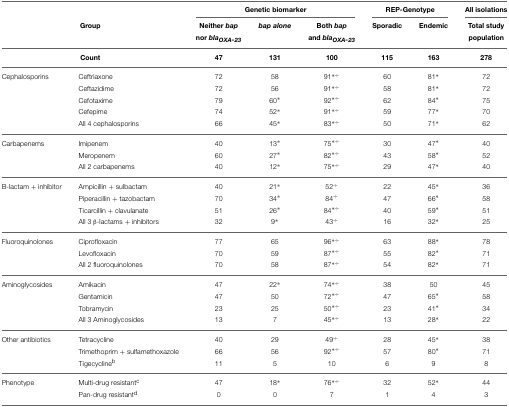
<table><thead><tr><td colspan="2"><b> </b></td><td colspan="3"><b>Genetic biomarker</b></td><td colspan="2"><b>REP-Genotype</b></td><td><b>All isolations</b></td></tr><tr><td colspan="2"><b>Group</b></td><td><b>Neither <i>bap</i> nor <i>bla<sub>OXA-23</sub></i></b></td><td><b><i>bap alone</i></b></td><td><b>Both <i>bap</i> and <i>bla<sub>OXA-23</sub></i></b></td><td><b>Sporadic</b></td><td><b>Endemic</b></td><td><b>Total study population</b></td></tr></thead><tbody><tr><td colspan="2"><b>Count</b></td><td><b>47</b></td><td><b>131</b></td><td><b>100</b></td><td><b>115</b></td><td><b>163</b></td><td><b>278</b></td></tr><tr><td>Cephalosporins</td><td>Ceftriaxone</td><td>72</td><td>58</td><td>91<sup><sup>*</sup><sup>÷</sup></sup></td><td>60</td><td>81<sup><sup>*</sup></sup></td><td>72</td></tr><tr><td></td><td>Ceftazidime</td><td>72</td><td>56</td><td>91<sup><sup>*</sup><sup>÷</sup></sup></td><td>58</td><td>81<sup><sup>*</sup></sup></td><td>72</td></tr><tr><td></td><td>Cefotaxime</td><td>79</td><td>60<sup><sup>*</sup></sup></td><td>92<sup><sup>*</sup><sup>÷</sup></sup></td><td>62</td><td>84<sup><sup>*</sup></sup></td><td>75</td></tr><tr><td></td><td>Cefepime</td><td>74</td><td>52<sup><sup>*</sup></sup></td><td>91<sup><sup>*</sup><sup>÷</sup></sup></td><td>59</td><td>77<sup><sup>*</sup></sup></td><td>70</td></tr><tr><td></td><td>All 4 cephalosporins</td><td>66</td><td>45<sup><sup>*</sup></sup></td><td>83<sup><sup>*</sup><sup>÷</sup></sup></td><td>50</td><td>71<sup><sup>*</sup></sup></td><td>62</td></tr><tr><td>Carbapenems</td><td>Imipenem</td><td>40</td><td>13<sup><sup>*</sup></sup></td><td>75<sup><sup>*</sup><sup>÷</sup></sup></td><td>30</td><td>47<sup><sup>*</sup></sup></td><td>40</td></tr><tr><td></td><td>Meropenem</td><td>60</td><td>27<sup><sup>*</sup></sup></td><td>82<sup><sup>*</sup><sup>÷</sup></sup></td><td>43</td><td>58<sup><sup>*</sup></sup></td><td>52</td></tr><tr><td></td><td>All 2 carbapenems</td><td>40</td><td>12<sup><sup>*</sup></sup></td><td>75<sup><sup>*</sup><sup>÷</sup></sup></td><td>29</td><td>47<sup><sup>*</sup></sup></td><td>40</td></tr><tr><td>B-lactam + inhibitor</td><td>Ampicillin + sulbactam</td><td>40</td><td>21<sup><sup>*</sup></sup></td><td>52<sup><sup>÷</sup></sup></td><td>22</td><td>45<sup><sup>*</sup></sup></td><td>36</td></tr><tr><td></td><td>Piperacillin + tazobactam</td><td>70</td><td>34<sup><sup>*</sup></sup></td><td>84<sup><sup>÷</sup></sup></td><td>47</td><td>66<sup><sup>*</sup></sup></td><td>58</td></tr><tr><td></td><td>Ticarcillin + clavulanate</td><td>51</td><td>26<sup><sup>*</sup></sup></td><td>84<sup><sup>*</sup><sup>÷</sup></sup></td><td>40</td><td>59<sup><sup>*</sup></sup></td><td>51</td></tr><tr><td></td><td>All 3 β-lactams + inhibitors</td><td>32</td><td>9<sup><sup>*</sup></sup></td><td>43<sup><sup>÷</sup></sup></td><td>16</td><td>32<sup><sup>*</sup></sup></td><td>25</td></tr><tr><td>Fluoroquinolones</td><td>Ciprofloxacin</td><td>77</td><td>65</td><td>96<sup><sup>*</sup><sup>÷</sup></sup></td><td>63</td><td>88<sup><sup>*</sup></sup></td><td>78</td></tr><tr><td></td><td>Levofloxacin</td><td>70</td><td>59</td><td>87<sup><sup>*</sup><sup>÷</sup></sup></td><td>55</td><td>82<sup><sup>*</sup></sup></td><td>71</td></tr><tr><td></td><td>All 2 fluoroquinolones</td><td>70</td><td>58</td><td>87<sup><sup>*</sup><sup>÷</sup></sup></td><td>54</td><td>82<sup><sup>*</sup></sup></td><td>71</td></tr><tr><td>Aminoglycosides</td><td>Amikacin</td><td>47</td><td>22<sup><sup>*</sup></sup></td><td>74<sup><sup>*</sup><sup>÷</sup></sup></td><td>38</td><td>50</td><td>45</td></tr><tr><td></td><td>Gentamicin</td><td>47</td><td>50</td><td>72<sup><sup>*</sup><sup>÷</sup></sup></td><td>47</td><td>65<sup><sup>*</sup></sup></td><td>58</td></tr><tr><td></td><td>Tobramycin</td><td>23</td><td>25</td><td>50<sup><sup>*</sup><sup>÷</sup></sup></td><td>23</td><td>41<sup><sup>*</sup></sup></td><td>34</td></tr><tr><td></td><td>All 3 Aminoglycosides</td><td>13</td><td>7</td><td>45<sup><sup>*</sup><sup>÷</sup></sup></td><td>13</td><td>28<sup><sup>*</sup></sup></td><td>22</td></tr><tr><td>Other antibiotics</td><td>Tetracycline</td><td>40</td><td>29</td><td>49<sup><sup>÷</sup></sup></td><td>28</td><td>45<sup><sup>*</sup></sup></td><td>38</td></tr><tr><td></td><td>Trimethoprim + sulfamethoxazole</td><td>66</td><td>56</td><td>92<sup><sup>*</sup><sup>÷</sup></sup></td><td>57</td><td>80<sup><sup>*</sup></sup></td><td>71</td></tr><tr><td></td><td>Tigecycline<sup>b</sup></td><td>11</td><td>5</td><td>10</td><td>6</td><td>9</td><td>8</td></tr><tr><td>Phenotype</td><td>Multi-drug resistant<sup>c</sup></td><td>47</td><td>18<sup><sup>*</sup></sup></td><td>76<sup><sup>*</sup><sup>÷</sup></sup></td><td>32</td><td>52<sup><sup>*</sup></sup></td><td>44</td></tr><tr><td></td><td>Pan-drug resistant<sup>d</sup></td><td>0</td><td>0</td><td>7</td><td>1</td><td>4</td><td>3</td></tr></tbody></table>